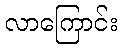
လာကြောင်း